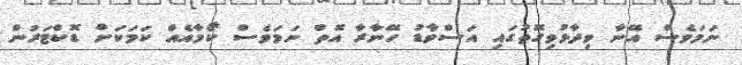
ނަމަވެސް އޭނާ ވިދާޅުވިގޮތުގައި އަސްވާޑު ހޭނާރާ އޮތް ނަމަވެސް ކޯމާއެއް ކަމަކަށް ޑޮކްޓަރުން